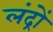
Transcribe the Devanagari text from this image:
लंद्रों